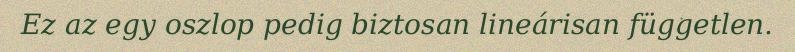
Ez az egy oszlop pedig biztosan lineárisan független.